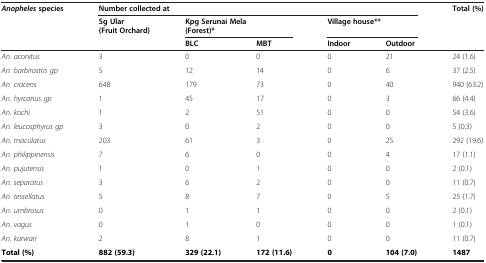
<table><thead><tr><td><b><i>Anopheles</i>species</b></td><td colspan="5"><b>Number collected at</b></td><td><b>Total (%)</b></td></tr><tr><td><b> </b></td><td><b>Sg Ular</b></td><td colspan="2"><b>Kpg Serunai Mela</b></td><td colspan="2"><b>Village house**</b></td><td><b> </b></td></tr><tr><td><b> </b></td><td><b>(Fruit Orchard)</b></td><td colspan="2"><b>(Forest)*</b></td><td><b> </b></td><td><b> </b></td><td><b> </b></td></tr><tr><td><b> </b></td><td><b> </b></td><td><b>BLC</b></td><td><b>MBT</b></td><td><b>Indoor</b></td><td><b>Outdoor</b></td><td><b> </b></td></tr></thead><tbody><tr><td><i>An. aconitus</i></td><td>3</td><td>0</td><td>0</td><td>0</td><td>21</td><td>24 (1.6)</td></tr><tr><td><i>An. barbirostris gp</i></td><td>5</td><td>12</td><td>14</td><td>0</td><td>6</td><td>37 (2.5)</td></tr><tr><td><i>An. cracens</i></td><td>648</td><td>179</td><td>73</td><td>0</td><td>40</td><td>940 (63.2)</td></tr><tr><td><i>An. hyrcanus gp</i></td><td>1</td><td>45</td><td>17</td><td>0</td><td>3</td><td>66 (4.4)</td></tr><tr><td><i>An. kochi</i></td><td>1</td><td>2</td><td>51</td><td>0</td><td>0</td><td>54 (3.6)</td></tr><tr><td><i>An. leucosphyrus gp</i></td><td>3</td><td>0</td><td>2</td><td>0</td><td>0</td><td>5 (0.3)</td></tr><tr><td><i>An. maculatus</i></td><td>203</td><td>61</td><td>3</td><td>0</td><td>25</td><td>292 (19.6)</td></tr><tr><td><i>An. philippinensis</i></td><td>7</td><td>6</td><td>0</td><td>0</td><td>4</td><td>17 (1.1)</td></tr><tr><td><i>An. pujutensis</i></td><td>1</td><td>0</td><td>1</td><td>0</td><td>0</td><td>2 (0.1)</td></tr><tr><td><i>An. separatus</i></td><td>3</td><td>6</td><td>2</td><td>0</td><td>0</td><td>11 (0.7)</td></tr><tr><td><i>An. tessellatus</i></td><td>5</td><td>8</td><td>7</td><td>0</td><td>5</td><td>25 (1.7)</td></tr><tr><td><i>An. umbrosus</i></td><td>0</td><td>1</td><td>1</td><td>0</td><td>0</td><td>2 (0.1)</td></tr><tr><td><i>An. vagus</i></td><td>0</td><td>1</td><td>0</td><td>0</td><td>0</td><td>1 (0.1)</td></tr><tr><td><i>An. karwari</i></td><td>2</td><td>8</td><td>1</td><td>0</td><td>0</td><td>11 (0.7)</td></tr><tr><td><b>Total (%)</b></td><td><b>882 (59.3)</b></td><td><b>329 (22.1)</b></td><td><b>172 (11.6)</b></td><td><b>0</b></td><td><b>104 (7.0)</b></td><td><b>1487</b></td></tr></tbody></table>